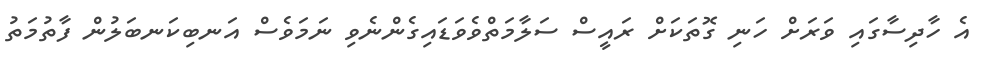
އެ ހާދިސާގައި ވަރަށް ހަނި ގޮތަކަށް ރައީސް ސަލާމަތްވެވަޑައިގެންނެވި ނަމަވެސް އަނބިކަނބަލުން ފާތުމަތު